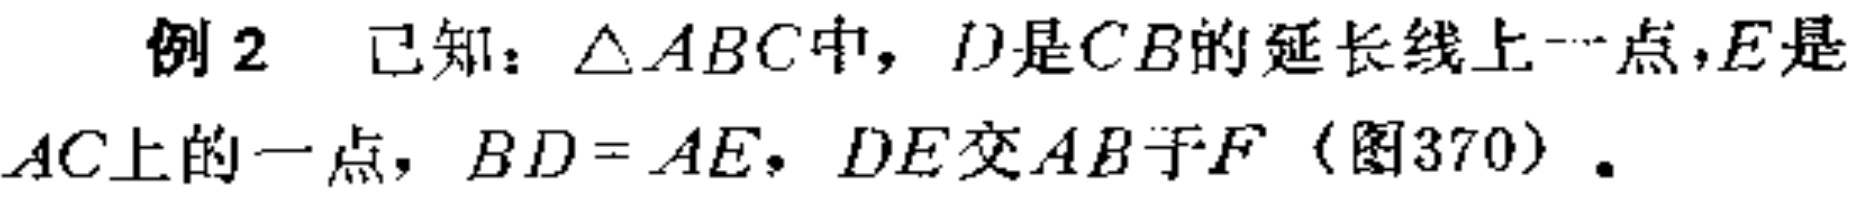
例2 已知：\(\triangle ABC\)中，\(D\)是\(CB\)的延长线上一点，\(E\)是\(AC\)上的一点，\(BD = AE\)，\(DE\)交\(AB\)于\(F\)（图370）.